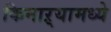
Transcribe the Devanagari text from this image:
किनाऱ्यामध्ये